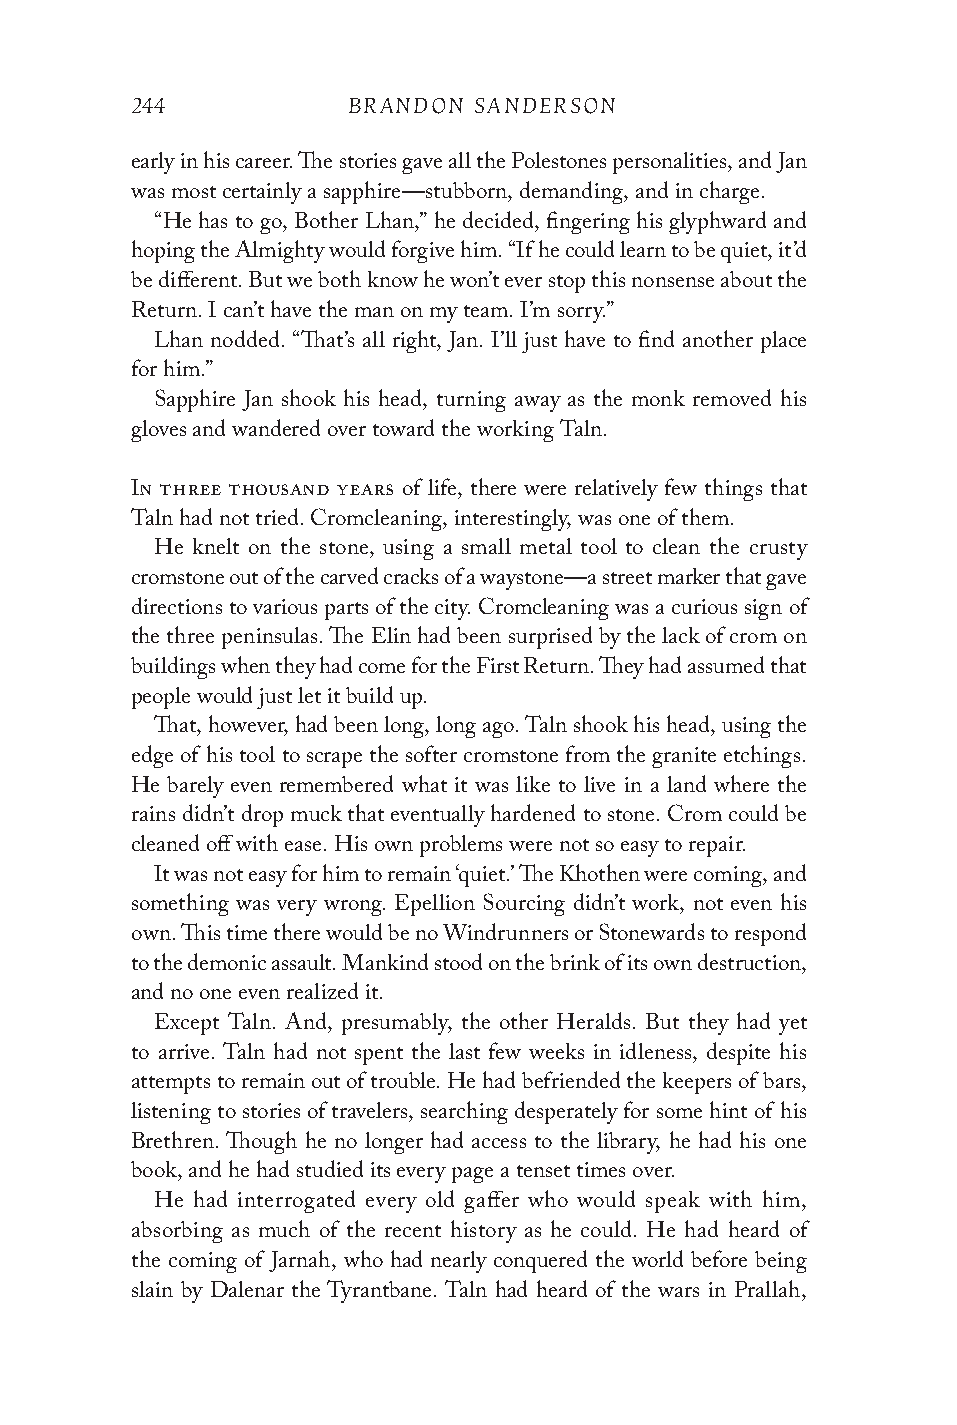
244           BRANDON SANDERSON
 early in his career. The stories gave all the Polestones personalities, and Jan
 was most certainly a sapphire—stubborn, demanding, and in charge.
 “He has to go, Bother Lhan,” he decided, fingering his glyphward and
 hoping the Almighty would forgive him. “If he could learn to be quiet, it’d
 be different. But we both know he won’t ever stop this nonsense about the
 Return. I can’t have the man on my team. I’m sorry.”
 Lhan nodded. “That’s all right, Jan. I’ll just have to find another place
 for him.”
 Sapphire Jan shook his head, turning away as the monk removed his
 gloves and wandered over toward the working Taln.
 In three thousand years of life, there were relatively few things that
 Taln had not tried. Cromcleaning, interestingly, was one of them.
 He knelt on the stone, using a small metal tool to clean the crusty
 cromstone out of the carved cracks of a waystone—a street marker that gave
 directions to various parts of the city. Cromcleaning was a curious sign of
 the three peninsulas. The Elin had been surprised by the lack of crom on
 buildings when they had come for the First Return. They had assumed that
 people would just let it build up.
 That, however, had been long, long ago. Taln shook his head, using the
 edge of his tool to scrape the softer cromstone from the granite etchings.
 He barely even remembered what it was like to live in a land where the
 rains didn’t drop muck that eventually hardened to stone. Crom could be
 cleaned off with ease. His own problems were not so easy to repair.
 It was not easy for him to remain ‘quiet.’ The Khothen were coming, and
 something was very wrong. Epellion Sourcing didn’t work, not even his
 own. This time there would be no Windrunners or Stonewards to respond
 to the demonic assault. Mankind stood on the brink of its own destruction,
 and no one even realized it.
 Except Taln. And, presumably, the other Heralds. But they had yet
 to arrive. Taln had not spent the last few weeks in idleness, despite his
 attempts to remain out of trouble. He had befriended the keepers of bars,
 listening to stories of travelers, searching desperately for some hint of his
 Brethren. Though he no longer had access to the library, he had his one
 book, and he had studied its every page a tenset times over.
 He had interrogated every old gaffer who would speak with him,
 absorb ing as much of the recent history as he could. He had heard of
 the coming of Jarnah, who had nearly conquered the world before being
 slain by Dalenar the Tyrantbane. Taln had heard of the wars in Prallah,